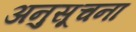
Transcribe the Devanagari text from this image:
अनुसूचना